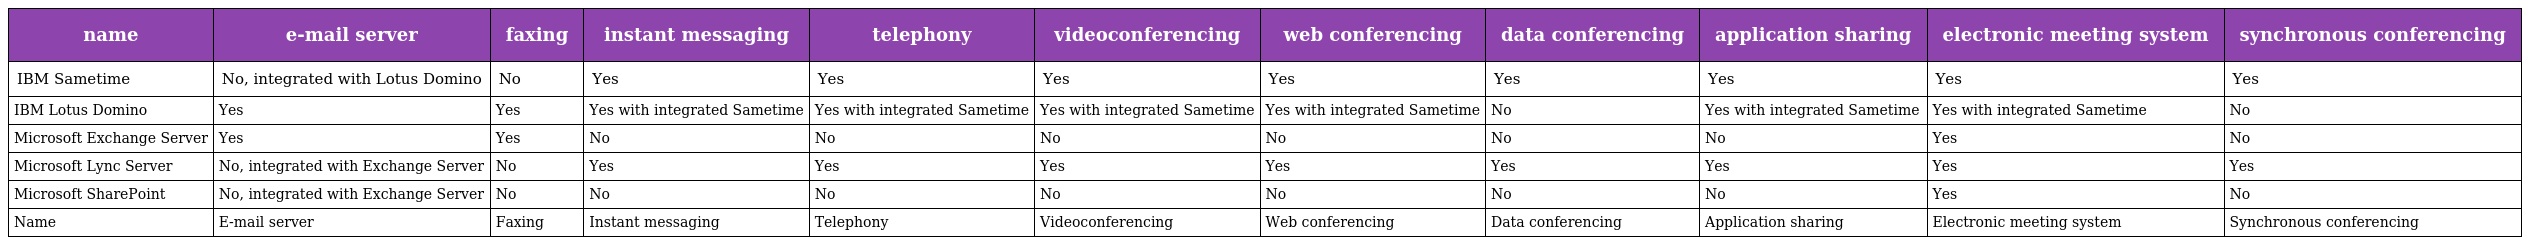
| name | e-mail server | faxing | instant messaging | telephony | videoconferencing | web conferencing | data conferencing | application sharing | electronic meeting system | synchronous conferencing |
 | --- | --- | --- | --- | --- | --- | --- | --- | --- | --- | --- |
 | IBM Sametime | No, integrated with Lotus Domino | No | Yes | Yes | Yes | Yes | Yes | Yes | Yes | Yes |
 | IBM Lotus Domino | Yes | Yes | Yes with integrated Sametime | Yes with integrated Sametime | Yes with integrated Sametime | Yes with integrated Sametime | No | Yes with integrated Sametime | Yes with integrated Sametime | No |
 | Microsoft Exchange Server | Yes | Yes | No | No | No | No | No | No | Yes | No |
 | Microsoft Lync Server | No, integrated with Exchange Server | No | Yes | Yes | Yes | Yes | Yes | Yes | Yes | Yes |
 | Microsoft SharePoint | No, integrated with Exchange Server | No | No | No | No | No | No | No | Yes | No |
 | Name | E-mail server | Faxing | Instant messaging | Telephony | Videoconferencing | Web conferencing | Data conferencing | Application sharing | Electronic meeting system | Synchronous conferencing |